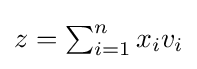
z=\textstyle \sum _{i=1}^{n}x_{i}v_{i}